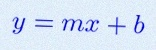
y=mx+b